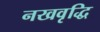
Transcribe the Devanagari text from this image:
नखवृद्धि